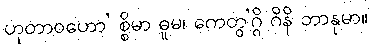
ဟုတာဝဟော’ စ္စိမာ ဓူမ၊ ကေတွ’ဂ္ဂိ ဂိနိ ဘာနုမာ။